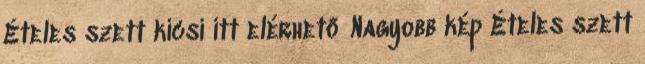
Ételes szett kicsi itt elérhető Nagyobb kép Ételes szett